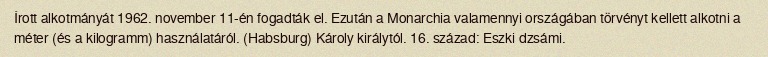
Írott alkotmányát 1962. november 11-én fogadták el. Ezután a Monarchia valamennyi országában törvényt kellett alkotni a méter (és a kilogramm) használatáról. (Habsburg) Károly királytól. 16. század: Eszki dzsámi.